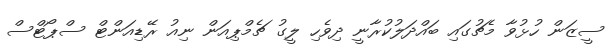
ސީޒަން ހުޅުވާ މެޗުގައި ބައްދަލުކުރާނީ ދިވެހި ލީގު ޗެމްޕިއަން ނިއު ރޭޑިއަންޓް ސްޕޯޓްސް